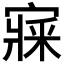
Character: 𡪘